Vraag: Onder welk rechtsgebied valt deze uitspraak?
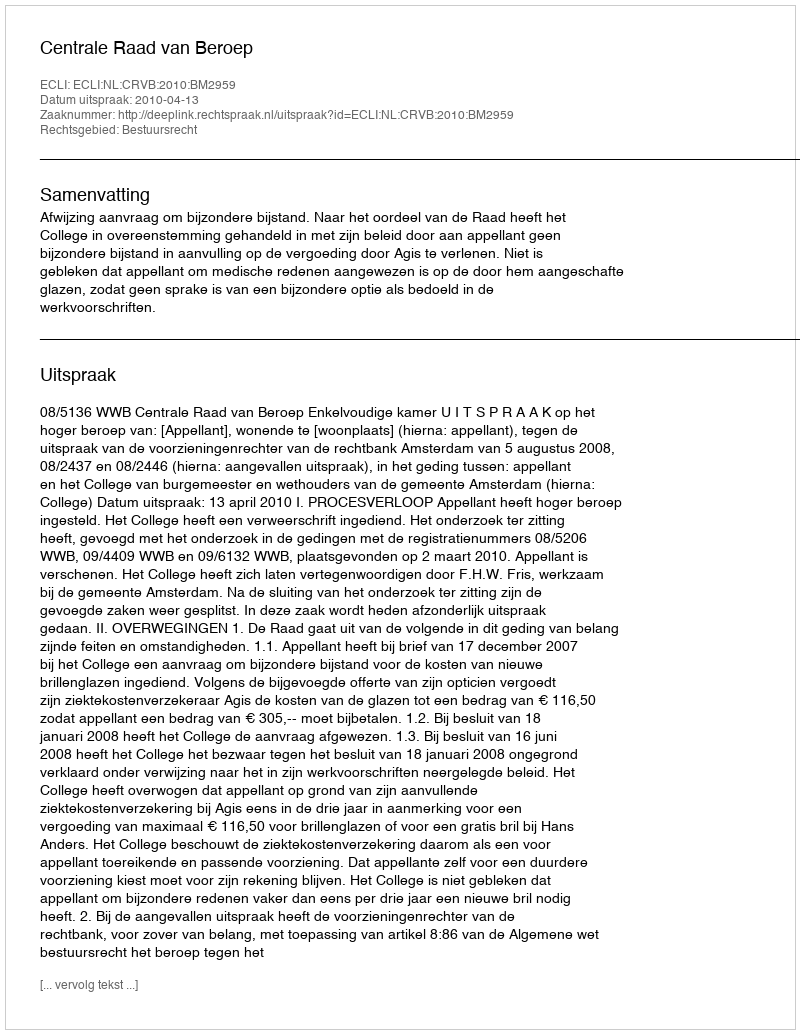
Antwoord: Bestuursrecht